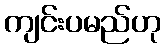
ကျင်းပမည်ဟု